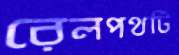
রেলপথটি